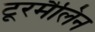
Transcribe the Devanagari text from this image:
टूरमैलिन